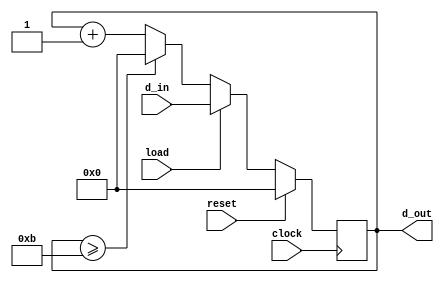
module mod_12_counter(d_out,d_in,load,reset,clock);
    output reg [3:0]d_out;
    input [3:0]d_in;
    input load,reset,clock;

    always @(posedge clock) 
     begin
        if(reset)
            d_out<=4'b0000;
        else if(load)
            d_out<=d_in;
        else if(d_out>=4'b1011)
            d_out<=4'b0000;
        else
            d_out<=d_out+1'b1;
        
    end

endmodule